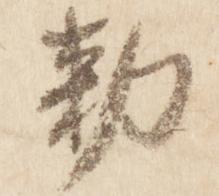
勅